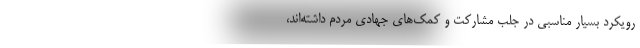
رویکرد بسیار مناسبی در جلب مشارکت‌ و کمک‌های جهادی مردم داشته‌اند،